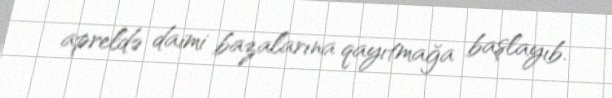
apreldə daimi bazalarına qayıtmağa başlayıb.